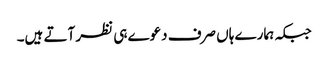
جبکہ ہمارے ہاں صرف دعوے ہی نظر آتے ہیں۔